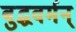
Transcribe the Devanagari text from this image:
बुद्धवर्मन्